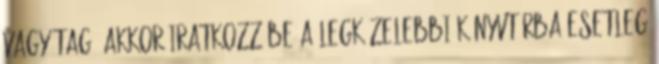
vagy tag, akkor iratkozz be a legközelebbi könyvtárba Esetleg